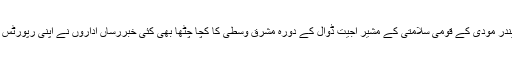
اسی طرح نریندر مودی کے قومی سلامتی کے مشیر اجیت ڈوال کے دورہ مشرق وسطیٰ کا کچا چٹھا بھی کئی خبررساں اداروں نے اپنی رپورٹس میں بیان کیا ۔